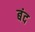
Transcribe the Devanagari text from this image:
बंद